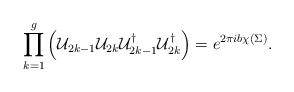
LaTeX: \begin{align*}\prod_{k=1}^g\left({\cal U}_{2k-1}{\cal U}_{2k}{\cal U}_{2k-1}^{\dagger} {\cal U}_{2k}^{\dagger}\right)= e^{2\pi ib\chi(\Sigma)}. \end{align*}